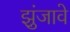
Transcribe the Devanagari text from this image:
झुंजावे